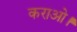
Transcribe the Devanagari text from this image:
कराओ।